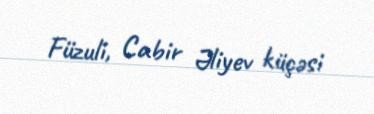
Füzuli, Cabir Əliyev küçəsi